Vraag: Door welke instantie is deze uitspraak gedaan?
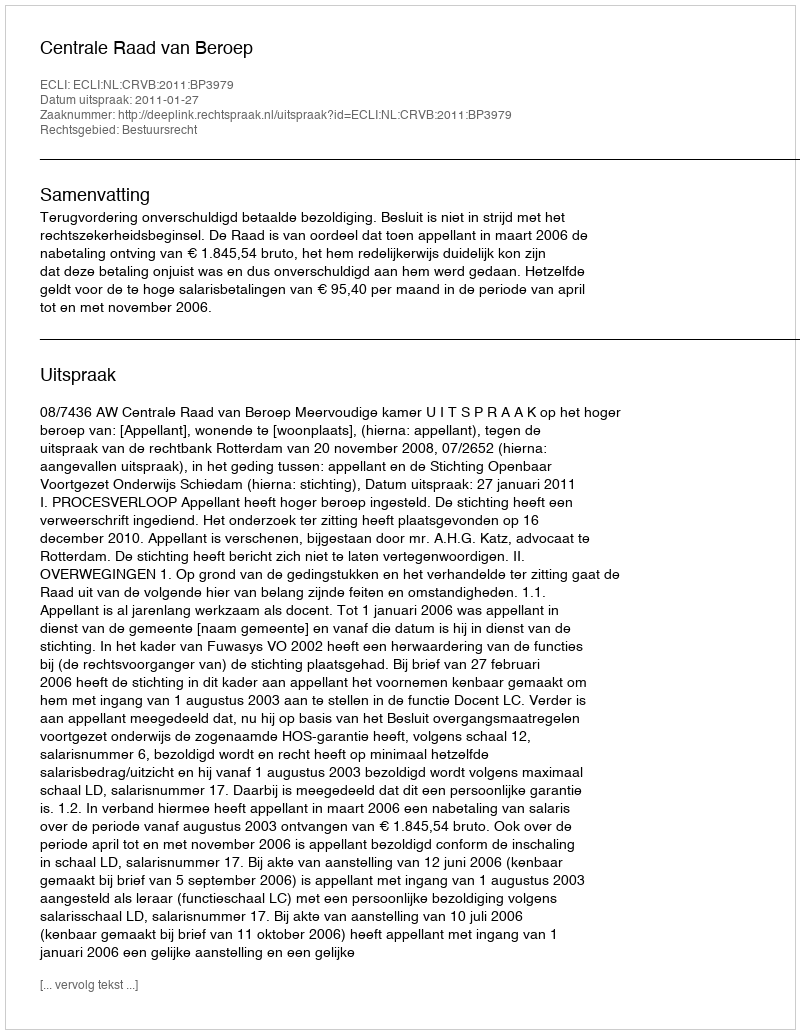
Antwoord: Centrale Raad van Beroep